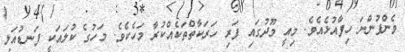
ވެންފުންނަ ހިފާއުޅެއެވެ. މިއީ މޫދުގައި ފަރި ހަރަކާތްތަކެއްކުރާ މަހެކެވެ. މަހުގެ ކުލައަކީ ފަނޑުއަލި